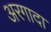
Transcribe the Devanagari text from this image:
अरगादा